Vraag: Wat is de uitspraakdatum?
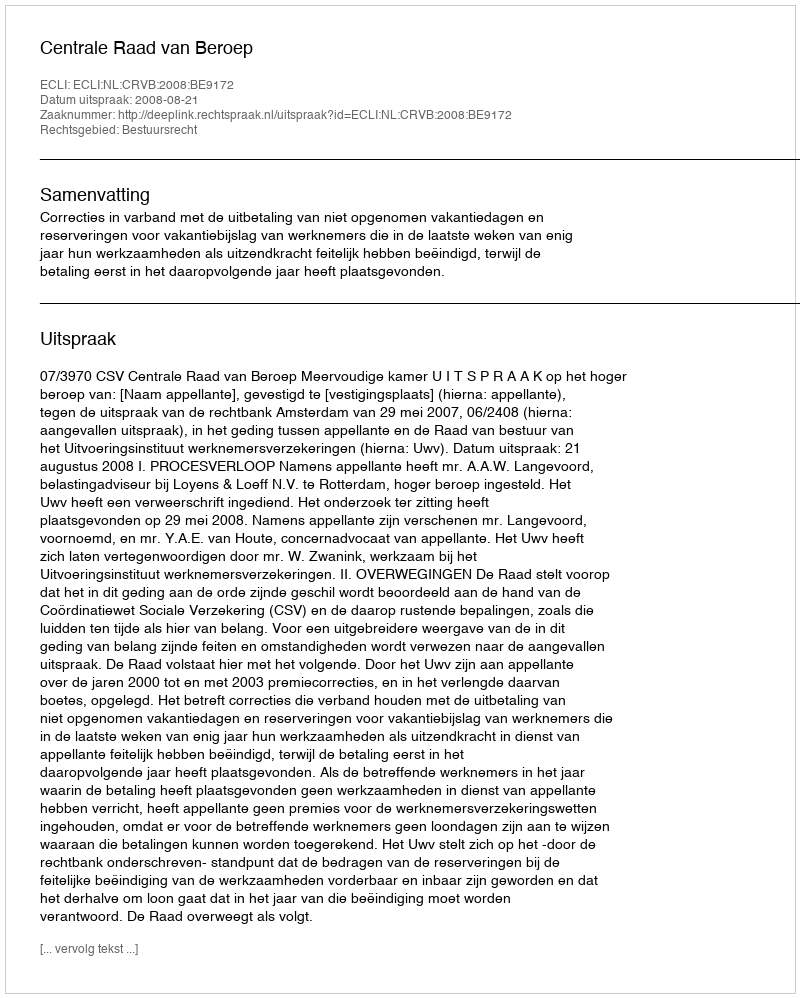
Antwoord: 2008-08-21